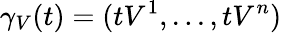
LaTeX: \gamma_{V}(t)=(tV^{1},...,tV^{n})